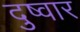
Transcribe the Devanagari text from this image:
दुष्वार